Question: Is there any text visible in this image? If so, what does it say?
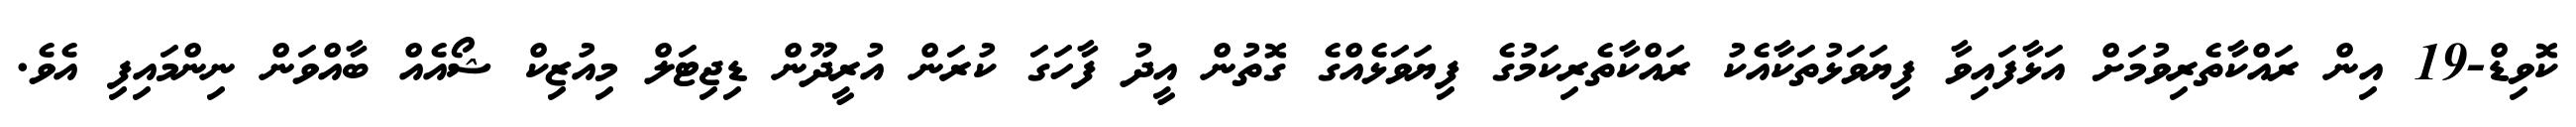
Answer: ކޮވިޑް-19 އިން ރައްކާތެރިވުމަށް އަޅާފައިވާ ފިޔަވަޅުތަކާއެކު ރައްކާތެރިކަމުގެ ފިޔަވަޅެއްގެ ގޮތުން އީދު ފާހަގަ ކުރަން އުރީދޫން ޑިޖިޓަލް މިއުޒިކް ޝޯއެއް ބާއްވަން ނިންމައިފި އެވެ.